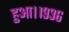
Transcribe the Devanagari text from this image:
हुआ।१९३६